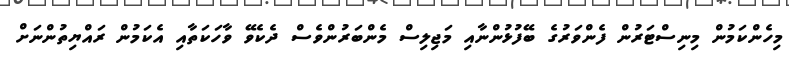
މިހެންކަމުން މިނިސްޓަރުން ފެންވަރުގެ ބޭފުޅުންނާއި މަޖިލިސް މެންބަރުންވެސް ދެކެވޭ ވާހަކަތާއި އެކަމުން ރައްޔިތުންނަށް